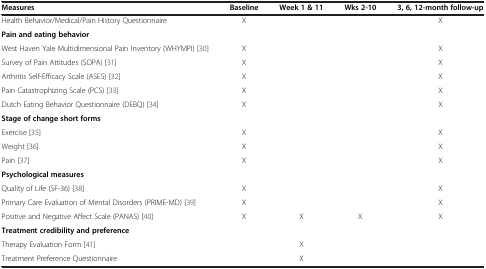
| Measures | Baseline | Week 1 & 11 | Wks 2-10 | 3, 6, 12-month follow-up |
 | --- | --- | --- | --- | --- |
 | Health Behavior/Medical/Pain History Questionnaire | X |  |  | X |
 | Pain and eating behavior |  |  |  |  |
 | West Haven Yale Multidimensional Pain Inventory (WHYMPI) [30] | X |  |  | X |
 | Survey of Pain Attitudes (SOPA) [31] | X |  |  | X |
 | Arthritis Self-Efficacy Scale (ASES) [32] | X |  |  | X |
 | Pain Catastrophizing Scale (PCS) [33] | X |  |  | X |
 | Dutch Eating Behavior Questionnaire (DEBQ) [34] | X |  |  | X |
 | Stage of change short forms |  |  |  |  |
 | Exercise [35] | X |  |  | X |
 | Weight [36] | X |  |  | X |
 | Pain [37] | X |  |  | X |
 | Psychological measures |  |  |  |  |
 | Quality of Life (SF-36) [38] | X |  |  | X |
 | Primary Care Evaluation of Mental Disorders (PRIME-MD) [39] | X |  |  | X |
 | Positive and Negative Affect Scale (PANAS) [40] | X | X | X | X |
 | Treatment credibility and preference |  |  |  |  |
 | Therapy Evaluation Form [41] |  | X |  |  |
 | Treatment Preference Questionnaire |  | X |  |  |